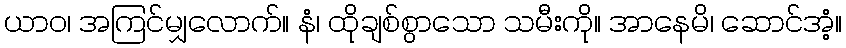
ယာဝ၊ အကြင်မျှလောက်။ နံ၊ ထိုချစ်စွာသော သမီးကို။ အာနေမိ၊ ဆောင်အံ့။